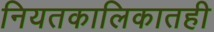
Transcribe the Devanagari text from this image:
नियतकालिकातही